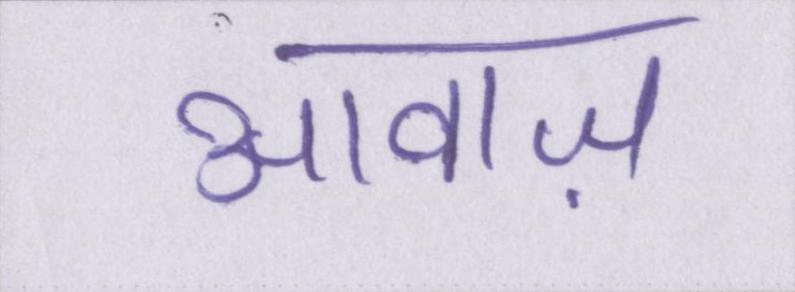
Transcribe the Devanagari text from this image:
आवाज़